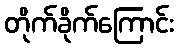
တိုက်ခိုက်ကြောင်း